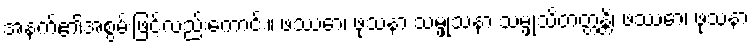
အနက်၏အစွမ်းဖြင့်လည်းကောင်း။ ဖဿော၊ ဖုသနာ သမ္ဖုသနာ သမ္ဖုသိတတ္တန္တိ၊ ဖဿော၊ ဖုသနာ